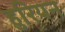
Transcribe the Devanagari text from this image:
हुरियन